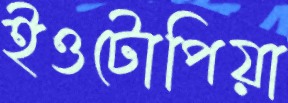
ইওটোপিয়া